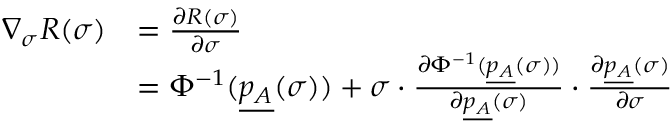
\begin{array} { r l } { \nabla _ { \sigma } R ( \sigma ) } & { = \frac { \partial R ( \sigma ) } { \partial \sigma } } \\ & { = \Phi ^ { - 1 } ( \underline { { p _ { A } } } ( \sigma ) ) + \sigma \cdot \frac { \partial \Phi ^ { - 1 } ( \underline { { p _ { A } } } ( \sigma ) ) } { \partial \underline { { p _ { A } } } ( \sigma ) } \cdot \frac { \partial \underline { { p _ { A } } } ( \sigma ) } { \partial \sigma } } \end{array}